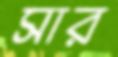
সার